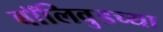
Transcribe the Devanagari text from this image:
बॉलिवुडच्या